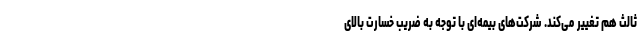
ثالث هم تغییر می‌کند. شرکت‌های بیمه‌ای با توجه به ضریب خسارت بالای